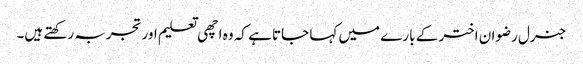
جنرل رضوان اختر کے بارے میں کہا جاتا ہے کہ وہ اچھی تعلیم اور تجربہ رکھتے ہیں۔